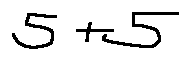
5 + 5